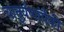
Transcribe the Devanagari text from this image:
चातुर्वणांपैकी